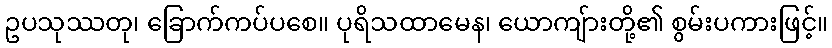
ဥပသုဿတု၊ ခြောက်ကပ်ပစေ။ ပုရိသထာမေန၊ ယောကျ်ားတို့၏ စွမ်းပကားဖြင့်။